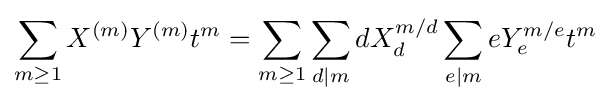
\sum _{m\geq 1}X^{(m)}Y^{(m)}t^{m}=\sum _{m\geq 1}\sum _{d|m}dX_{d}^{m/d}\sum _{e|m}eY_{e}^{m/e}t^{m}